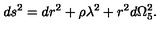
d s ^ { 2 } = d r ^ { 2 } + \rho \lambda ^ { 2 } + r ^ { 2 } d \Omega _ { 5 } ^ { 2 } .